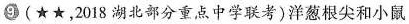
9(★★，2018湖北部分重点中学联考)洋葱根尖和小鼠